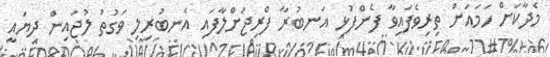
މެދާކަށް ހަމައަށް ތިރިވެފައިވާ ފެންފުޅި އަނބުރާ ފްރިޖަށްލާފައި އެނބުރިލި ވަގުތު ލުޖައިން ދިޔައީ